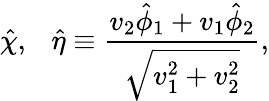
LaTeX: \hat{\chi},~~~\hat{\eta}\equiv{\frac{v_{2}\hat{\phi}_{1}+v_{1}\hat{\phi}_{2}}{\sqrt{v_{1}^{2}+v_{2}^{2}}}},